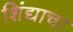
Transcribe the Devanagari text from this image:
शिंद्याचा